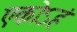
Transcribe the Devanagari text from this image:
एकोऽहं